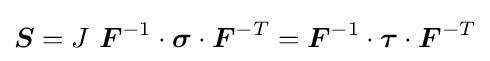
{\boldsymbol {S}}=J~{\boldsymbol {F}}^{-1}\cdot {\boldsymbol {\sigma }}\cdot {\boldsymbol {F}}^{-T}={\boldsymbol {F}}^{-1}\cdot {\boldsymbol {\tau }}\cdot {\boldsymbol {F}}^{-T}